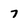
Character: 7